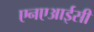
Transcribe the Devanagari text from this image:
एनएआईसी